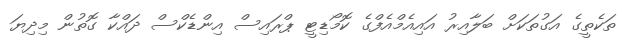
ތަކެތީގެ އަގުތަކަށް ބަލާއިރު އައިއެމްއެފްގެ ކޮމޯޑިޓީ ޕްރައިސް އިންޑެކްސް ދައްކާ ގޮތުން މިދިޔަ